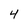
Character: 4